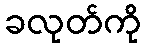
ခလုတ်ကို